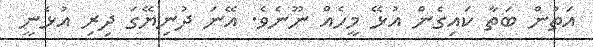
އަތުން ބަތާ ކައިގެން އުޅޭ މީހެއް ނޫނެވެ. އޭނަ ދުނިޔޭގަ ދިރި އުޅެނީ